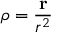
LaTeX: { \boldsymbol { \rho } } = { \frac { \mathbf { r } } { r ^ { 2 } } }